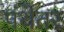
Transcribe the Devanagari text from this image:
पंथेतर